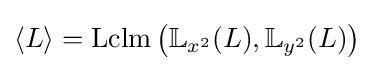
\langle L\rangle =\operatorname {Lclm} {\big (}\mathbb {L} _{x^{2}}(L),\mathbb {L} _{y^{2}}(L){\big )}